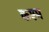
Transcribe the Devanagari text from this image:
कश्म